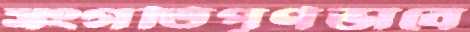
সংগতিপূর্ণভাবে